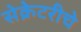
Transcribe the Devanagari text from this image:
सेक्रेटरीचे